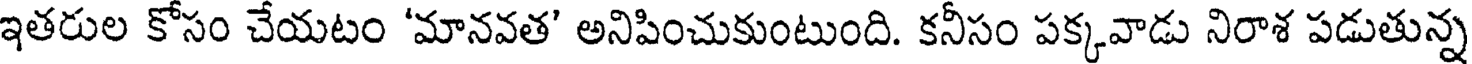
ఇతరుల కోసం చేయటం 'మానవత' అనిపించుకుంటుంది. కనీసం పక్కవాడు నిరాశ పడుతున్న